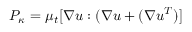
{ P _ { \kappa } } = { \mu _ { t } } [ \nabla u : ( \nabla u + ( \nabla { u ^ { T } } ) ]